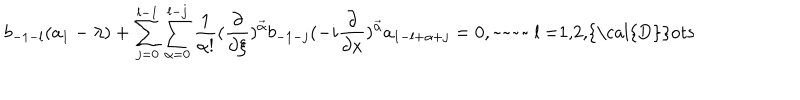
LaTeX: b _ { - 1 - l } ( a _ { 1 } - \lambda ) + \sum _ { j = 0 } ^ { l - 1 } \sum _ { \alpha = 0 } ^ { l - j } \frac { 1 } { \alpha ! } ( \frac { \partial } { \partial \xi } ) ^ { \vec { \alpha } } b _ { - 1 - j } ( - i \frac { \partial } { \partial x } ) ^ { \vec { \alpha } } a _ { 1 - l + \alpha + j } = 0 , \mathrm { ~ ~ l ~ = 1 , 2 , { \cal { D } } o t s }